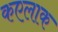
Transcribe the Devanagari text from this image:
कएलाक